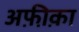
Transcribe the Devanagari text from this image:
अफ़ी़क़ा